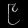
Digit: ၉